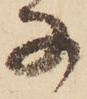
な